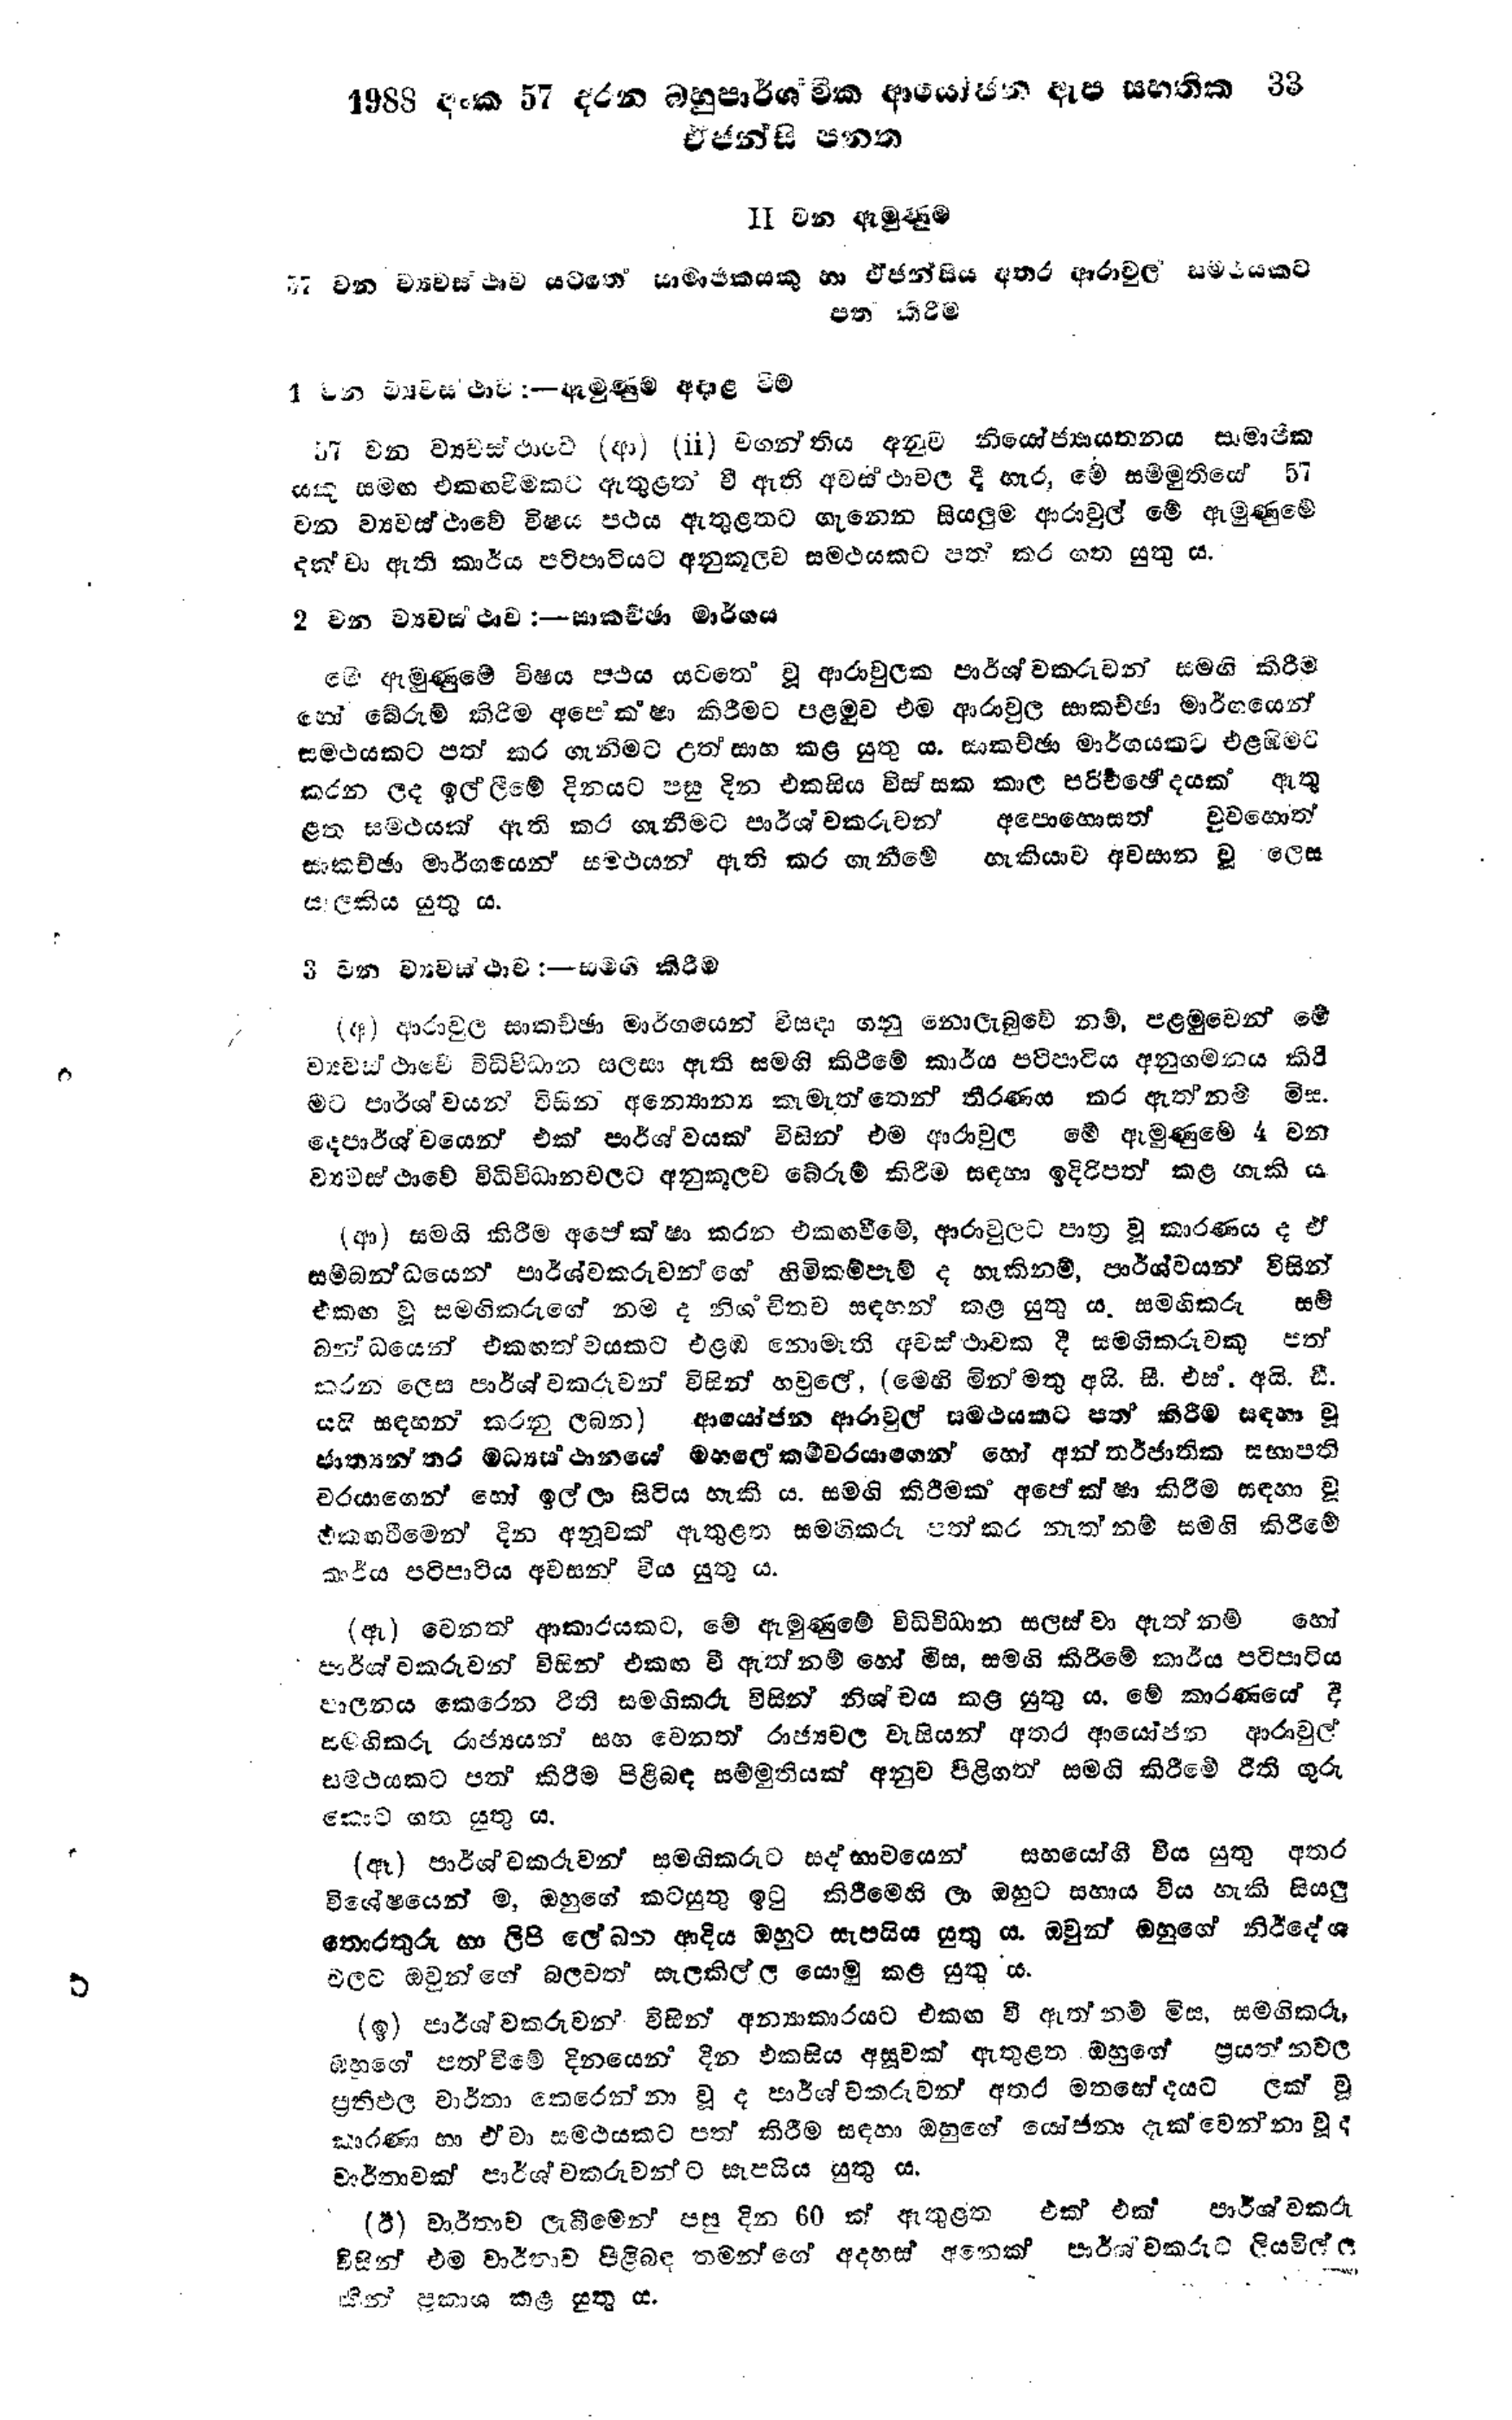
1988 අංක 57 දරන බහුපාර්ශ්වික ආයෝජන ඇප සහතික 33
එජන්සි පනත

Ⅱ වන ඇමුණුම

57 වන ව්‍යවස්ථාව යටතේ සාමාජිකයකු හා ඒජන්සිය අතර ආරාවුල සමථයකට
පත් කිරීම

1 වන ව්‍යවස්ථාව :- ඇමුණුම අදාළ වීම

57 වන ව්‍යවස්ථාවේ (ආ) (ii) වගන්තිය අනුව නියෝජ්‍යායතනය සාමාජික
යකු සමඟ එකඟවීමකට ඇතුළත් වී ඇති අවස්ථාවල දී හැර, මේ සම්මුතියේ 57
වන ව්‍යවස්ථාවේ විෂය පථය ඇතුළතට ගැනෙන සියලුම ආරාවුල් මේ ඇමුණුමේ
දක්වා ඇති කාර්ය පටිපාටියට අනුකූලව සමථයකට පත් කර ගත යුතු ය.

2 වන ව්‍යවස්ථාව :--සාකච්ඡා මාර්ගය

මේ ඇමුණුමේ විෂය පථය යටතේ වූ ආරාවුලක පාර්ශවකරුවන් සමඟි කිරීම
හෝ බේරුම් කිරීම අපේක්ෂා කිරීමට පළමුව එම ආරාවුල සාකච්ඡා මාර්ගයෙන්
සමථයකට පත් කර ගැනීමට උත්සාහ කළ යුතු ය. සාකච්ඡා මාර්ගයකට එළඹීමට
කරන ලද ඉල්ලීමේ දිනයට පසු දින එකසිය විස්සක කාල පරිච්ඡෙදයක් ඇතු
ළත සමථයක් ඇති කර ගැනීමට පාර්ශවකරුවන් අපොහොසත් වුවහොත්
සාකච්ඡා මාර්ගයෙන් සමථයන් ඇති කර ගැනීමේ හැකියාව අවසාන වූ ලෙස
සැලකිය යුතු ය.

3 වන ව්‍යවස්ථාව :- සමඟි කිරීම

(අ) ආරාවුල සාකච්ඡා මාර්ගයෙන් විසදා ගනු නොලැබුවේ නම්, පළමුවෙන් මේ
ව්‍යවස්ථාවේ විධිවිධාන සලසා ඇති සමගි කිරීමේ කාර්ය පටිපාටිය අනුගමනය කිරී
මට පාර්ශවයන් විසින් අන්‍යොන්‍ය කැමැත්තෙන් තීරණය කර ඇත් නම් මිස
දෙපාර්ශ්වයෙන් එක් පාර්ශ්වයක් විසින් එම ආරාවුල මේ ඇමුණුමේ 4 වන
ව්‍යවස්ථාවේ විධිවිධානවලට අනුකූලව බේරුම් කිරීම සඳහා ඉදිරිපත් කළ හැකි ය.

(ආ) සමගි කිරීම අපේක්ෂා කරන එකඟවීමේ, ආරාවුලට පාත්‍ර වූ කාරණය ද ඒ
සම්බන්ධයෙන් පාර්ශ්වකරුවන්ගේ හිමිකම්පෑම් ද හැකිනම්, පාර්ශ්වයන් විසින්
එකඟ වූ සමඟිකරුගේ නම ද නිගචිතව සඳහන් කළ යුතු ය. සමගිකරු සම්
බන්ධයෙන් එකඟත්වයකට එළඹ නොමැති අවස්ථාවක දී සමගිකරුවකු පත්
කරන ලෙස පාර්ශවකරුවන් විසින් හවුලේ, (මෙහි මින් මතු අයි.සී.එස්.අයි.ඩී.
යයි සඳහන් කරනු ලබන) ආයෝජන ආරවුල් සමථයකට පත් කිරීම සඳහා වූ
ජාත්‍යන්තර මධ්‍යස්ථානයේ මහලේකම්වරයාගෙන් හෝ අන්තර්ජාතික සභාපති
වරයාගෙන් හෝ ඉල්ලා සිටිය හැකි ය. සමඟි කිරීමක අපේක්ෂා කිරීම සඳහා වූ
එකඟ වීමෙන් දින අනූවක් ඇතුළත සමගිකරු පත් කර නැත නම් සමගි කිරීමේ
කාර්ය පටිපාටිය අවසන් විය යුතු ය.

(ඇ) වෙනත් ආකාරයකට, මේ ඇමුණුමේ විධිවිධාන සලස්වා ඇත්නම් හෝ
පා‍‍ර්ශ්කරුවන් විසින් එකඟ වී ඇත්නම් හෝ මිස, සමගි කිරීමේ කාර්ය පටිපාටිය
පාලනය කෙරෙන ‍රීති සමගිකරු විසින් නිශ්චය කළ යුතු ය. මේ කාරණයේ දී
සමගිකරු රාජ්‍යයන් සහ වෙනත් රාජ්‍යවල වැසියන් අතර ආයෝජන ආරාවුල්
සමථයකට පත් කිරීම පිළිබඳ සම්මුතියක් අනුව පිළිගත් සමඟි කිරීමේ රීති ගුරු
කොට ගත යුතු ය.

(ඈ ) පා‍‍ර්ශ්කරුවන් සමගිකරුට සද්භාවයෙන් සහයෝගී විය යුතු අතර
විශේෂයෙන් ම, ඔහුගේ කටයුතු ඉටු කිරීමෙහි ලා ඔහුට සහාය විය හැකි සියලු
තොරතුරු හා ලිපි ලේඛන ආදිය ඔහුට සැපයිය යුතු ය.ඔවුන් ඔහුගේ නිර්දේශ
වලට ඔවුන්ගේ බලවත් සැලකිල්ල යොමු කළ යුතු ය.

(ඉ) පාර්ශවකරුවන් විසින් අන්‍යාකාරයට එකඟ වී ඇත්නම් මිස, සමගිකරු,
බහුගේ පත්වීමේ දිනයෙන් දින එකසිය අසූවක් ඇතුළත ඔහුගේ ප්‍රයත්නවල
ප්‍රතිඵල වාර්තා කෙරෙන්නා වූ ද පාර්ශවකරුවන් අතර මතභේදයට ලක් වූ
කාරණා හා ඒවා සමථයකට පත් කිරීම සඳහා ඔහුගේ යෝජනා දැක්වෙන්නා වූ ද
වාර්තාවක් පාර්ශවකරුවන්ට සැපයිය යුතු ය.

(ඊ) වාර්තාව ලැබීමෙන් පසු දින 60 ක් ඇතුළත එක් එක් පාර්ශවකරු
විසින් එම වාර්තාව පිළිබඳ තමන්ගේ අදහස් අනෙක් පාර්ශවකරුට ලියවිල්ල
කින් ප්‍රකාශ කළ යුතු ය.